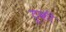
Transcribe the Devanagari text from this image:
टूकी